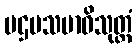
ပဌမသမာဓိသုတ္တံ